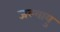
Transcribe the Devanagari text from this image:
जल्यायु